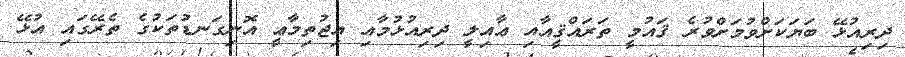
ދިރިއުޅޭ ބަޔަކަށްވުމަށްވުރެ ޤައުމީ ތަރައްޤީއާއި ޢާއިލީ ދިރިއުޅުމާއި އިޖުތިމާޢީ އޮނިގަނޑުތަކުގެ ތެރޭގައި އުޅޭ